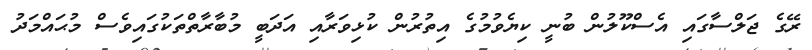
ރޭގެ ޖަލްސާގައި އެސްކޫލުން ބުނީ ކިޔެވުމުގެ އިތުރުން ކުޅިވަރާއި އަދަބީ މުބާރާތްތަކުގައިވެސް މުޙައްމަދު